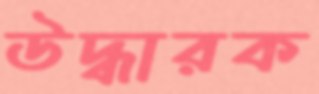
উদ্ধারক